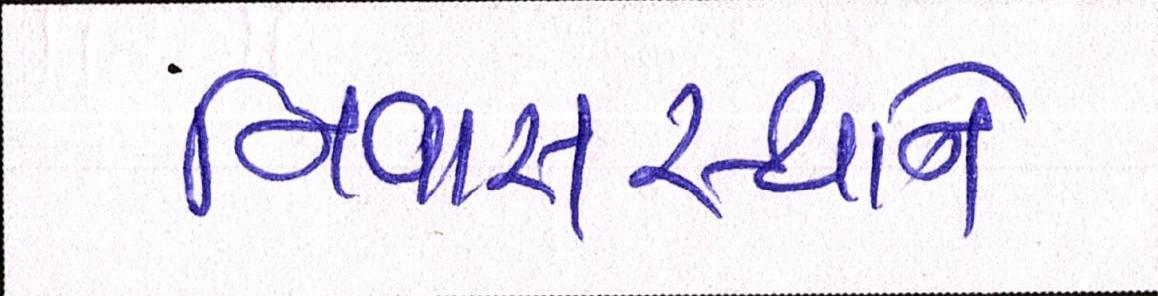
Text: નિવાસસ્થાને